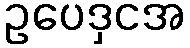
ဥပေဒှငအ